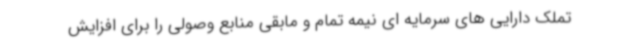
تملک دارایی های سرمایه ای نیمه تمام و مابقی منابع وصولی را برای افزایش